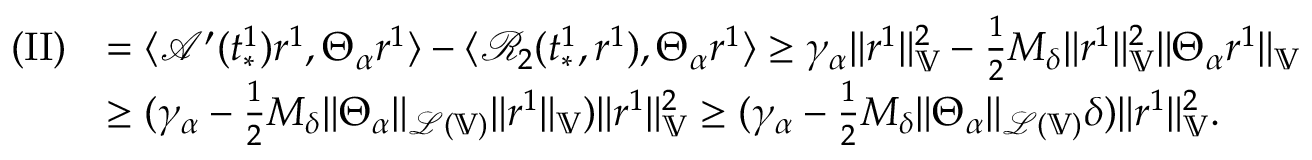
\begin{array} { r l } { \mathrm { ( I I ) } } & { = \langle \mathcal { A } ^ { \prime } ( t _ { * } ^ { 1 } ) r ^ { 1 } , \Theta _ { \alpha } r ^ { 1 } \rangle - \langle \mathcal { R } _ { 2 } ( t _ { * } ^ { 1 } , r ^ { 1 } ) , \Theta _ { \alpha } r ^ { 1 } \rangle \ge \gamma _ { \alpha } \| r ^ { 1 } \| _ { \mathbb { V } } ^ { 2 } - \frac { 1 } { 2 } M _ { \delta } \| r ^ { 1 } \| _ { \mathbb { V } } ^ { 2 } \| \Theta _ { \alpha } r ^ { 1 } \| _ { \mathbb { V } } } \\ & { \ge ( \gamma _ { \alpha } - \frac { 1 } { 2 } M _ { \delta } \| \Theta _ { \alpha } \| _ { \mathcal { L } ( \mathbb { V } ) } \| r ^ { 1 } \| _ { \mathbb { V } } ) \| r ^ { 1 } \| _ { \mathbb { V } } ^ { 2 } \ge ( \gamma _ { \alpha } - \frac { 1 } { 2 } M _ { \delta } \| \Theta _ { \alpha } \| _ { \mathcal { L } ( \mathbb { V } ) } \delta ) \| r ^ { 1 } \| _ { \mathbb { V } } ^ { 2 } . } \end{array}